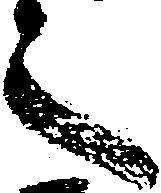
之